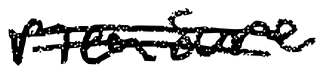
Text: measure
Cross-out: mix
Writing tool: digital_black